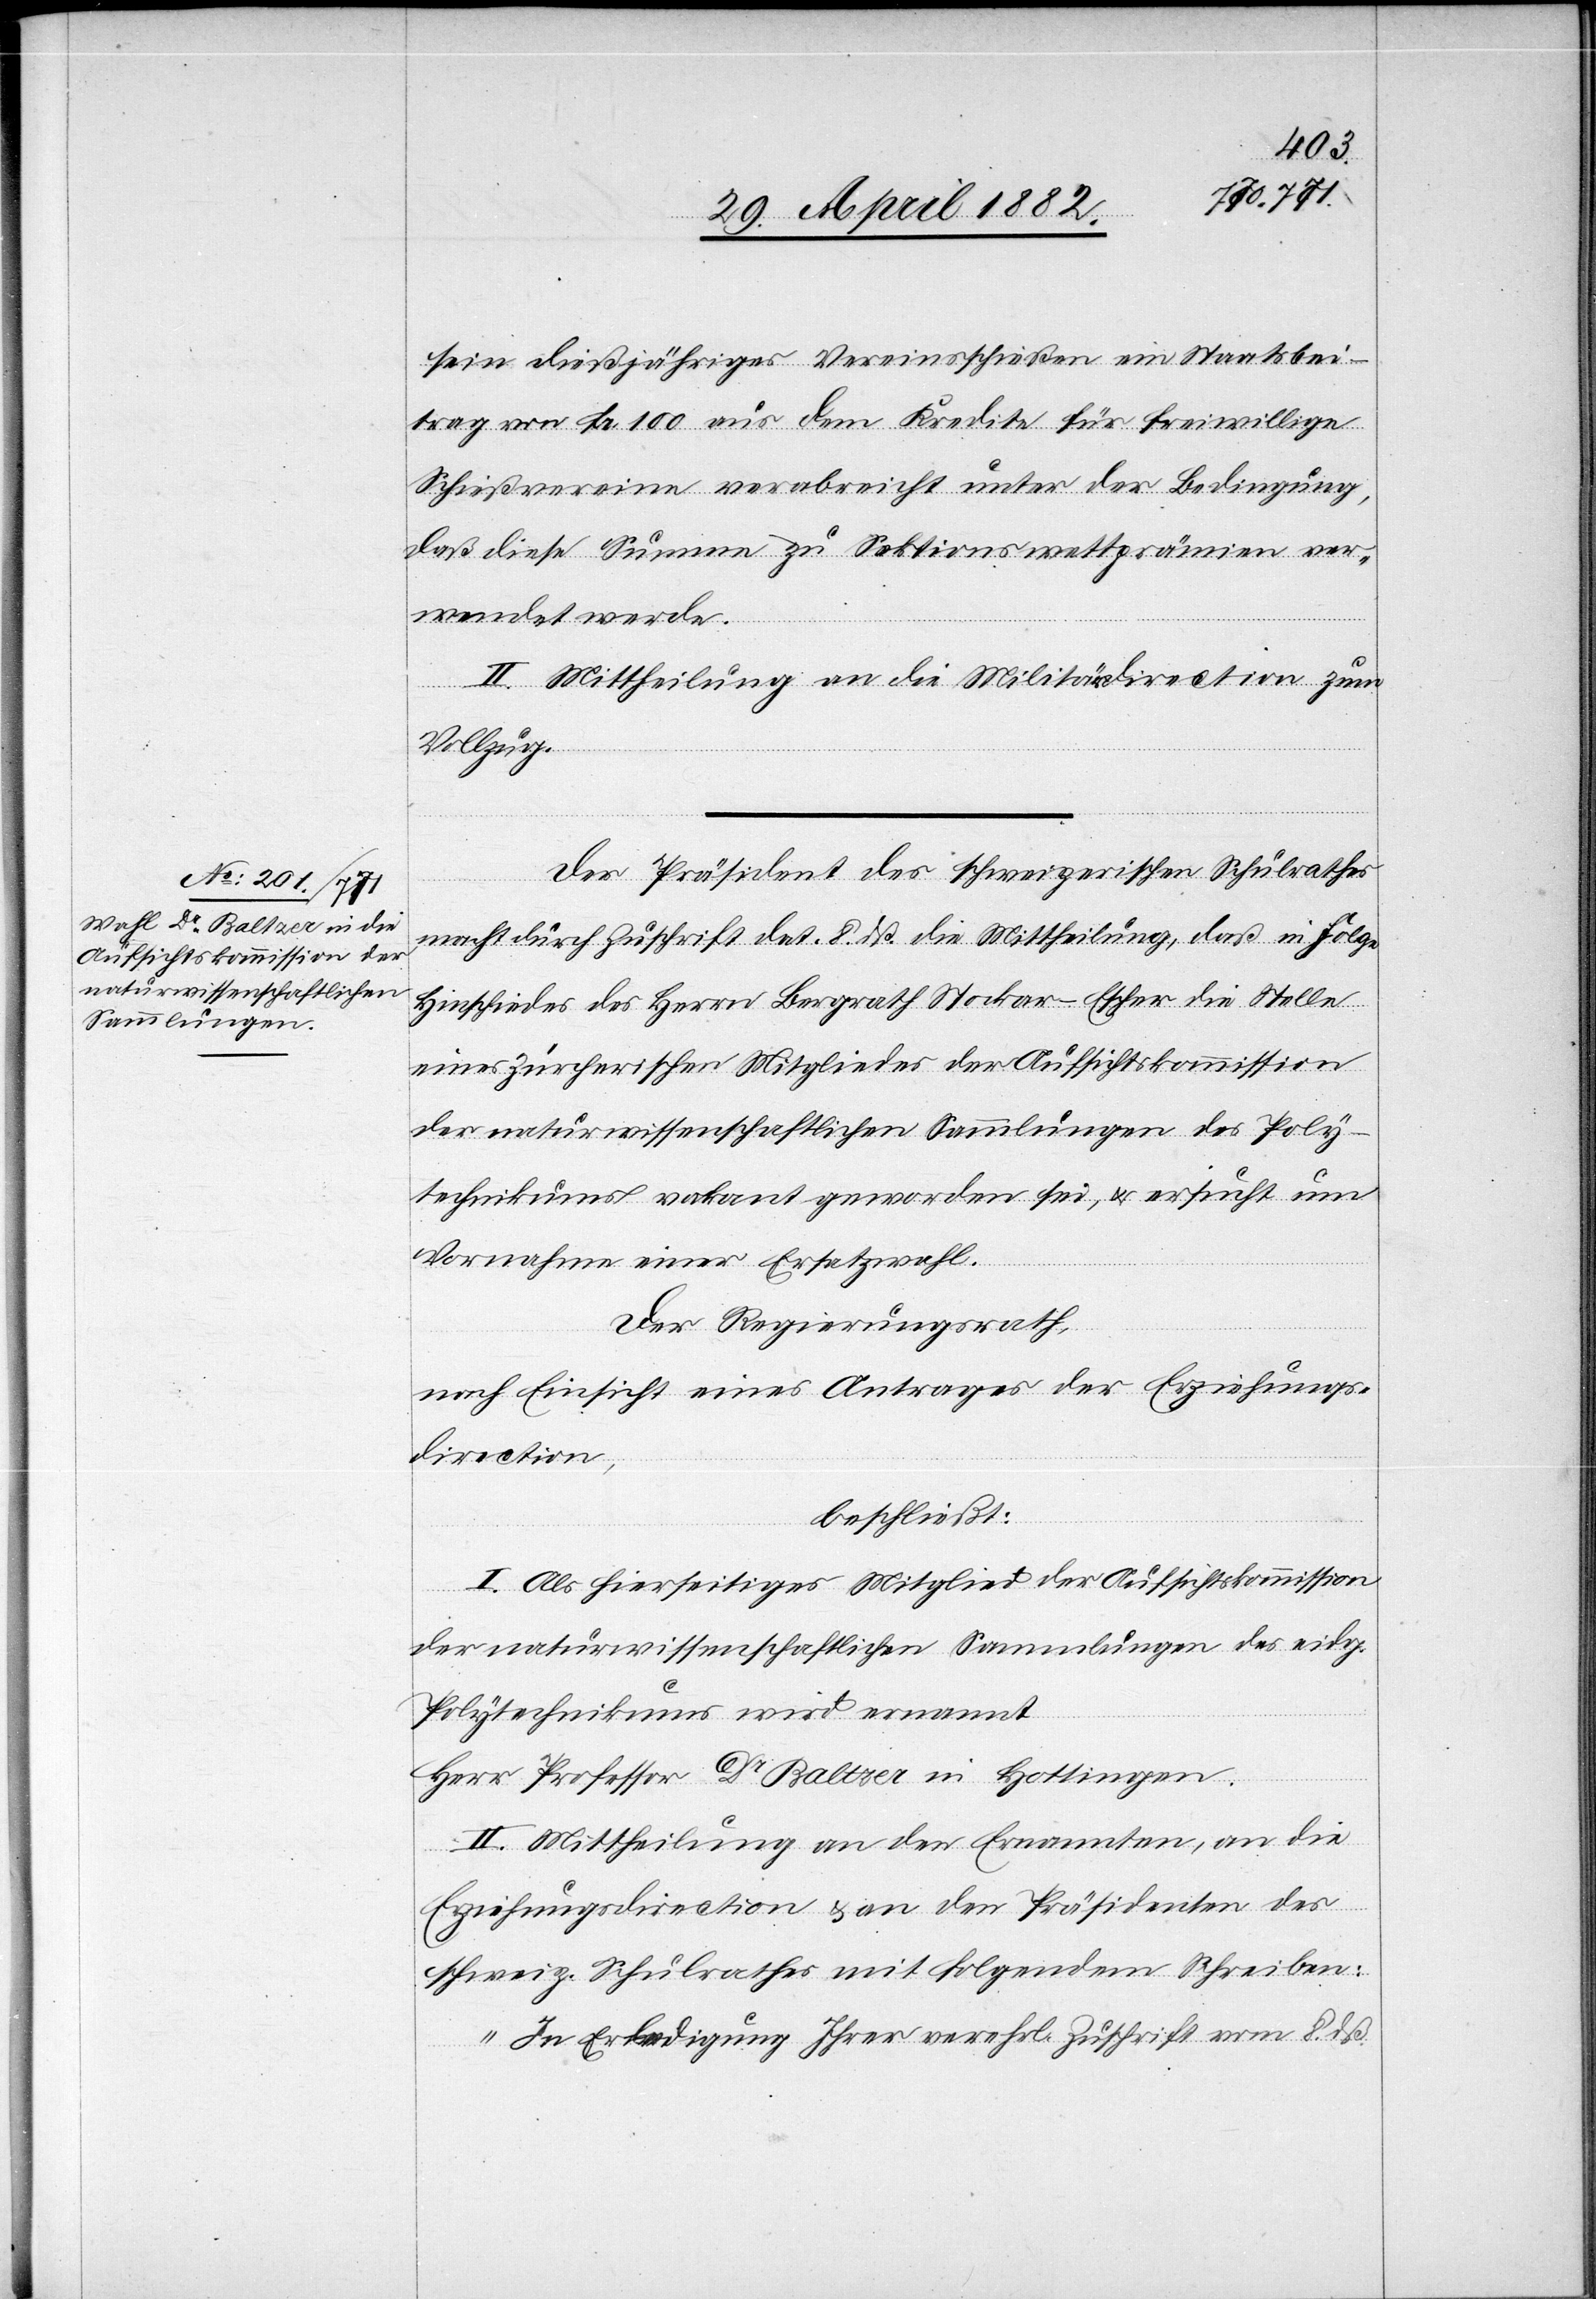
sein dießjähriges Vereinsschießen ein Staatsbei¬
trag von Fr. 100 aus dem Kredite für freiwillige
Schießvereine verabreicht unter der Bedingung,
daß diese Summe zu Sektionswettprämien ver¬
wendet werde.
II. Mittheilung an die Militärdirection zum
Vollzug.
Der Präsident des schweizerischen Schulrathes
macht durch Zuschrift dat. 8. dß. die Mittheilung, daß in Folge
Hinschiedes des Herrn Bergrath Stockar-Escher die Stelle
eines zürcherischen Mitgliedes der Aufsichtskommission
der naturwissenschaftlichen Sammlungen des Poly¬
technikums vakant geworden sei, u. ersucht um
Vornahme einer Ersatzwahl.
Der Regierungsrath,
nach Einsicht eines Antrages der Erziehungs¬
direction,
beschließt:
I. Als hierseitiges Mitglied der Aufsichtskommission
der naturwissenschaftlichen Sammlungen des eidg.
Polytechnikums wird ernannt
Herr Professor Dr Baltzer in Hottingen.
II. Mittheilung an den Ernannten, an die
Erziehungsdirection & an den Präsidenten des
schweiz. Schulrathes mit folgendem Schreiben:
„In Erledigung Ihrer verehrl. Zuschrift vom 8. dß.